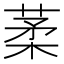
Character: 葇